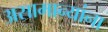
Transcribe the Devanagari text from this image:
असामान्यांना